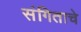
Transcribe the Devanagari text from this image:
संगिताचे